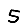
Digit: 5